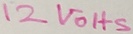
Text: 12VOHS